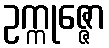
ဥက္ကုဇ္ဇော